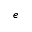
e